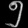
Digit: ၅